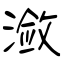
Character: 潋